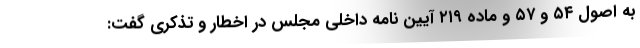
به اصول ۵۴ و ۵۷ و ماده ۲۱۹ آیین نامه داخلی مجلس در اخطار و تذکری گفت: